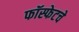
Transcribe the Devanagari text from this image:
फॉस्फेटचे